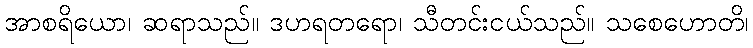
အာစရိယော၊ ဆရာသည်။ ဒဟရတရော၊ သီတင်းငယ်သည်။ သစေဟောတိ၊